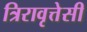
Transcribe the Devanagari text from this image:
त्रिरावृत्तेसी